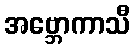
အဗ္ဘောကာသီ